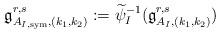
LaTeX: \begin{align*}\mathfrak{g}_{A_{I,\mathrm{sym}},(k_1,k_2)}^{r,s}:=\widetilde\psi_I^{-1}(\mathfrak{g}^{r,s}_{A_I,(k_1,k_2)})\end{align*}